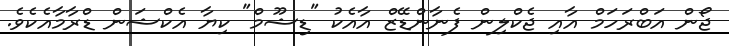
ޖޯން އަބްރަހަމް އާއި ޖެކްލިން ފެނާންޑޭޒް އާއެކު "ޑިޝޫމް" ކިޔާ އެކްޝަން ޑްރާމާއެެކެވެ.